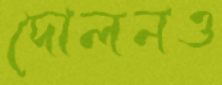
দোলনও